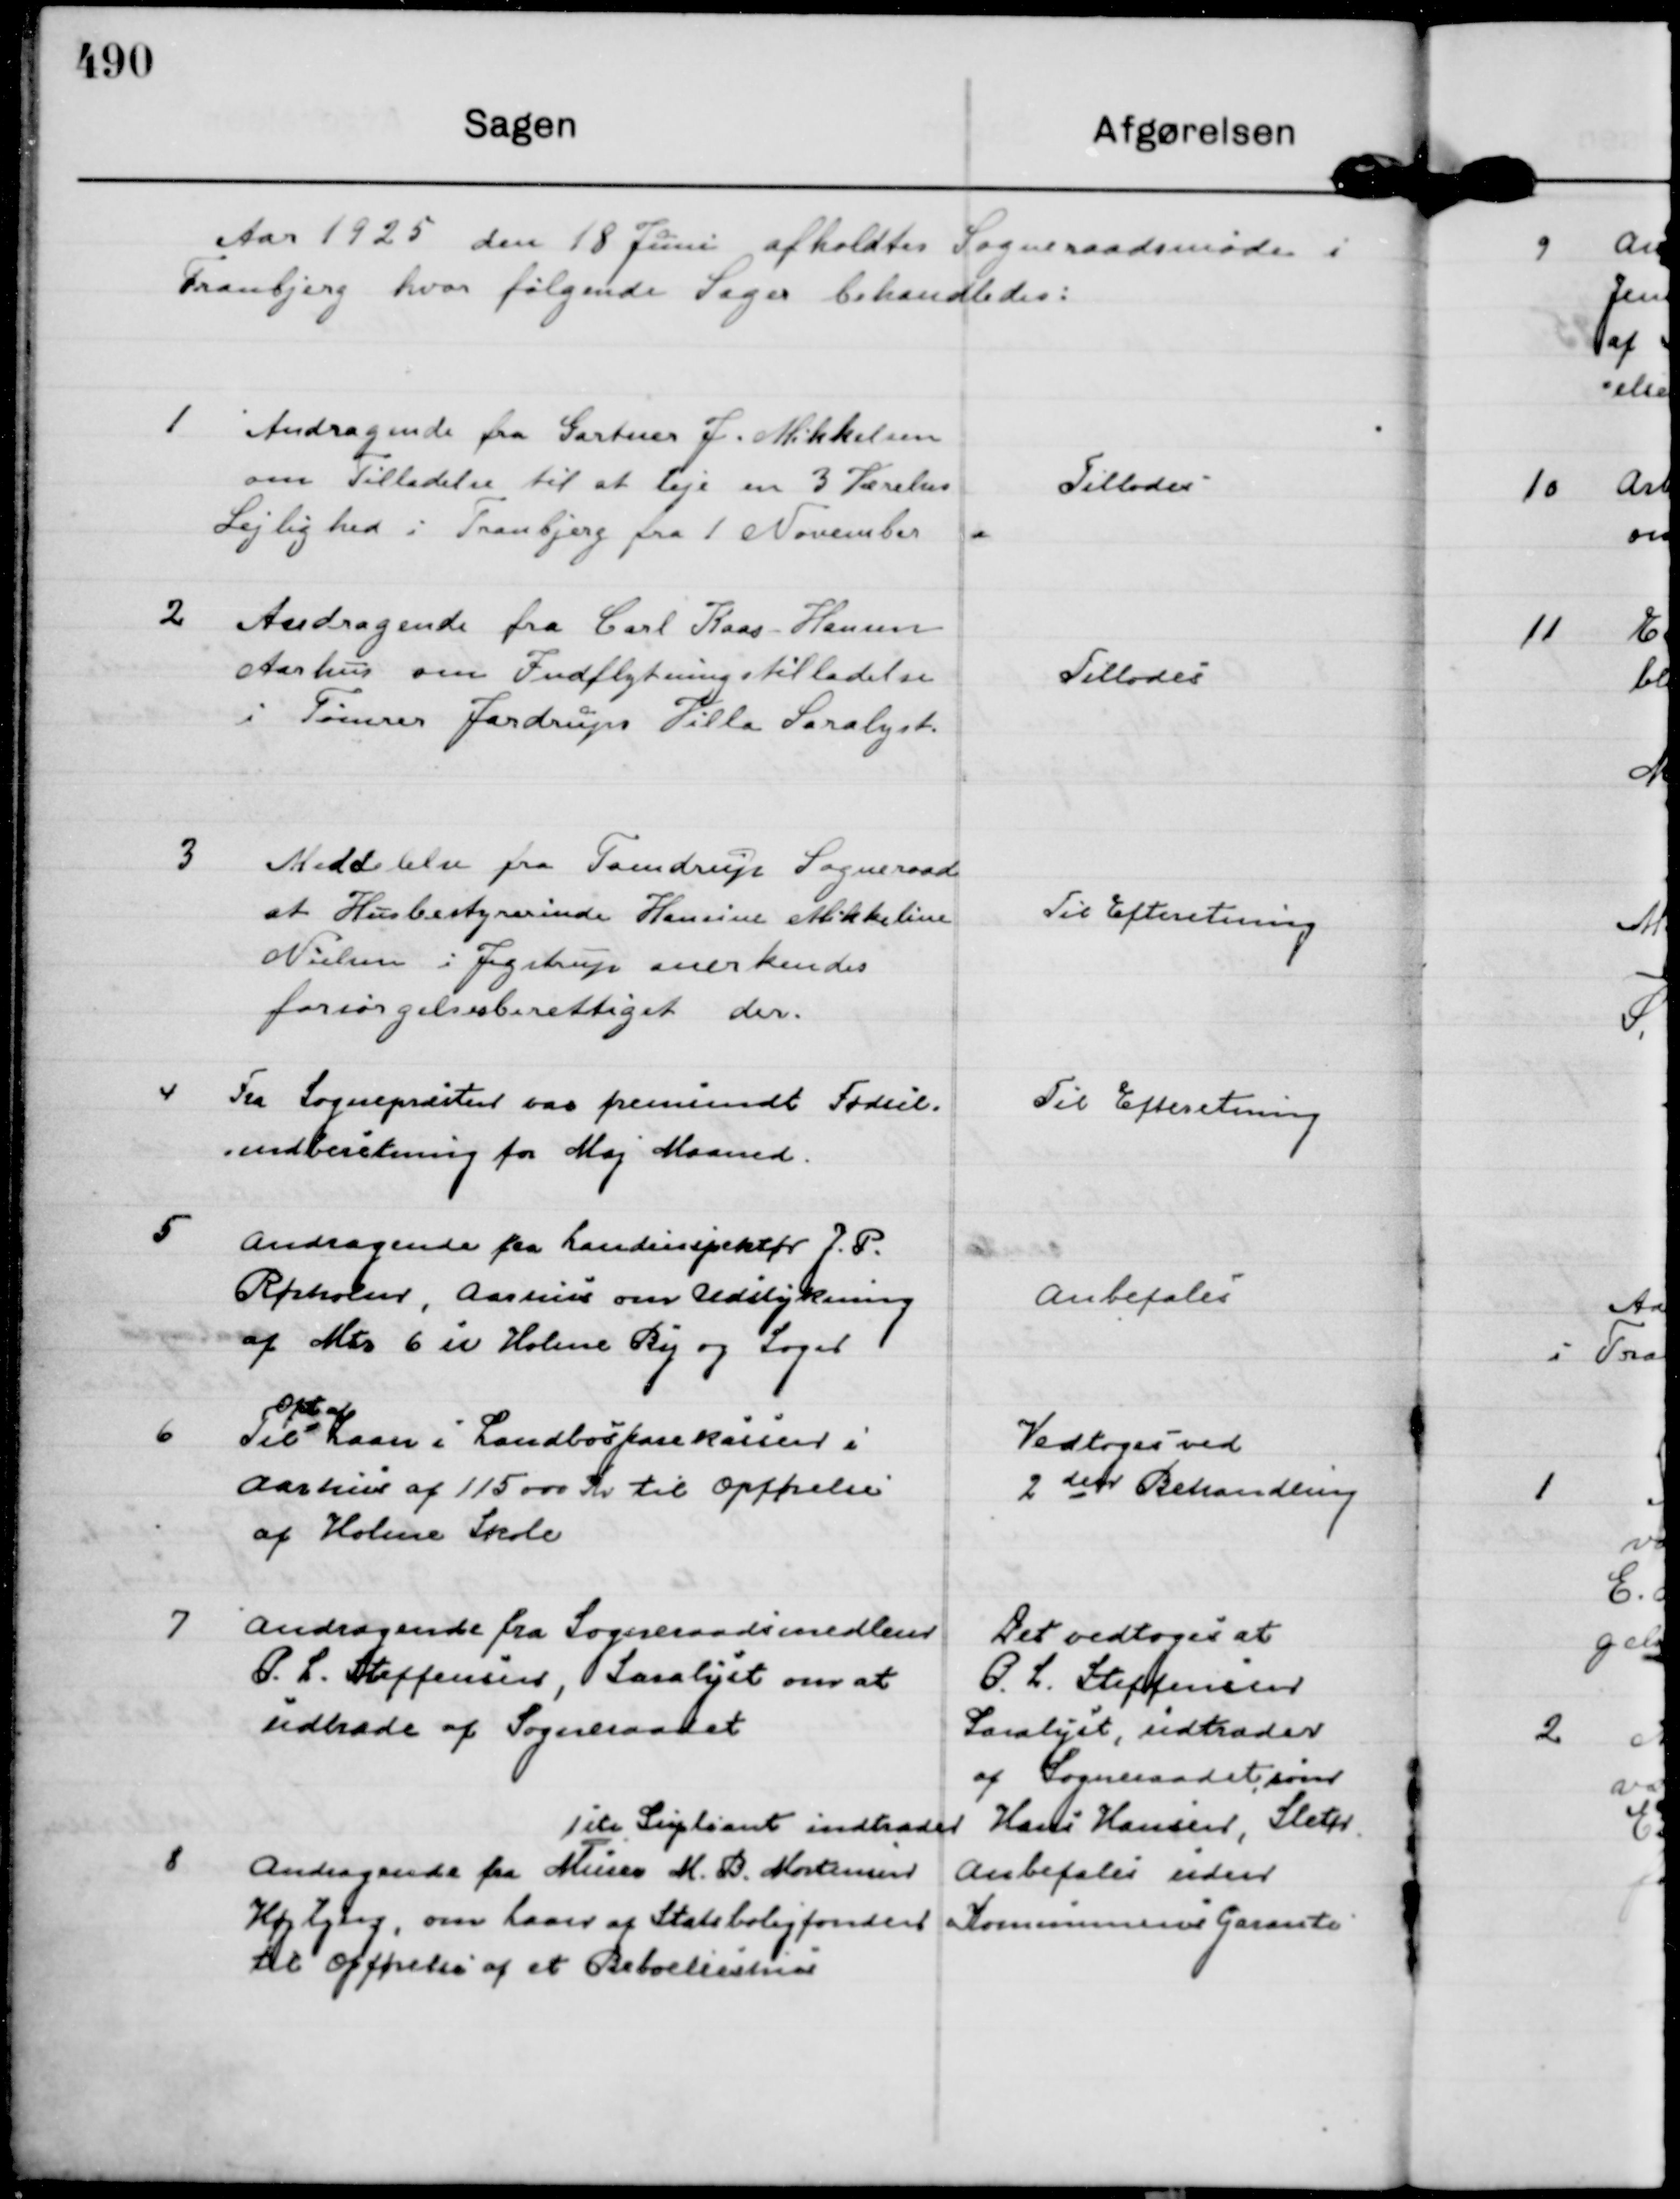
Transskription:
Aar 1925 den 18 Juni afholdtes Sogneraadsmøde i 
Tranbjerg hvor følgende Sager behandledes:

1
Andragende fra Gartner J. Mikkelsen
om Tilladelse til at Leje en 3 Værelses
Lejlighed i Tranbjerg fra 1 November

Tillodes

2
Andragende fra Carl Kaas Hansen
Aarhus om Indflytningstilladelse
i Tømrer Jardrups Villa Saralyst.

Tillodes

3
Meddelelse fra Tamdrup Sogneraad
at Husbestyrerinde Hansine Mikkeline
Nielsen i Jegstrup anerkendes
forsørgelsesberettiget der.

Til Efteretning

4
Fra Sognepræsten var fremsendt Fødsel=
=indberetning for maj Maaned.

Til Efteretning

5
Andragende fra Landinspektør J. P.
Rørholm, Aarhus om Udstykning
af Mtr 6 u Holme By og Sogn

Anbefales

6
Til
Opt af
Laan i Landbosparekassen i
Aarhus af 115000 Kr til Opførelse
af Holme Skole

Vedtoges ved
2 den Behandling

7
Andragende fra Sogneraadsmedlem
P. L. Steffensen, Saralyst om at
udtræde af Sogneraadet

Det vedtoges at
P. L. Steffensen
Saralyst, udtræder
af Sogneraadet, som
1 ste Supliant indtræder Hans Hansen, Sleth.

8
Andragende fra Murer M. B. Mortensen
Højbjerg, om Laan af Statsboligfonden
til Opførelse af et Beboelseshus

Anbefales uden
Kommunens Garanti